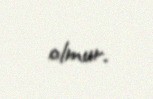
olmur.